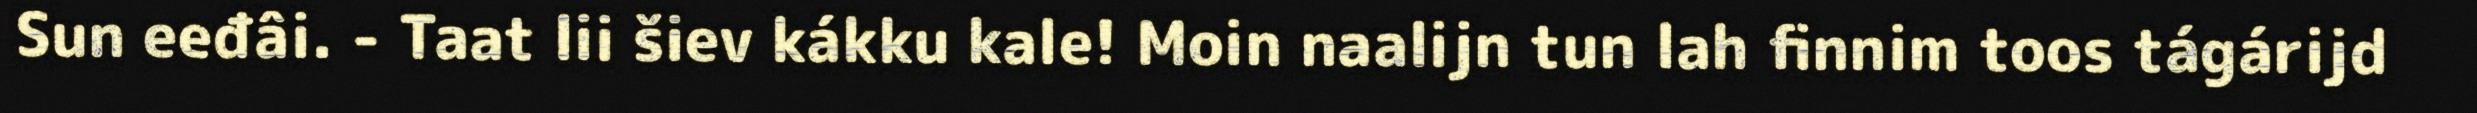
Sun eeđâi. - Taat lii šiev kákku kale! Moin naalijn tun lah finnim toos tágárijd